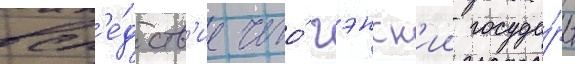
всл'е́дств'ие чего́ гэнск'ии госуда́рь